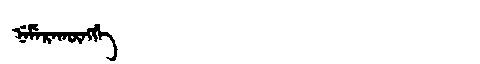
Manchu: ᠨᡝᠮᡝᡵᠠᡴᡡᠩᡤᡝ
Romanization: NEMERAKŪNGGE